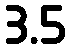
3.5